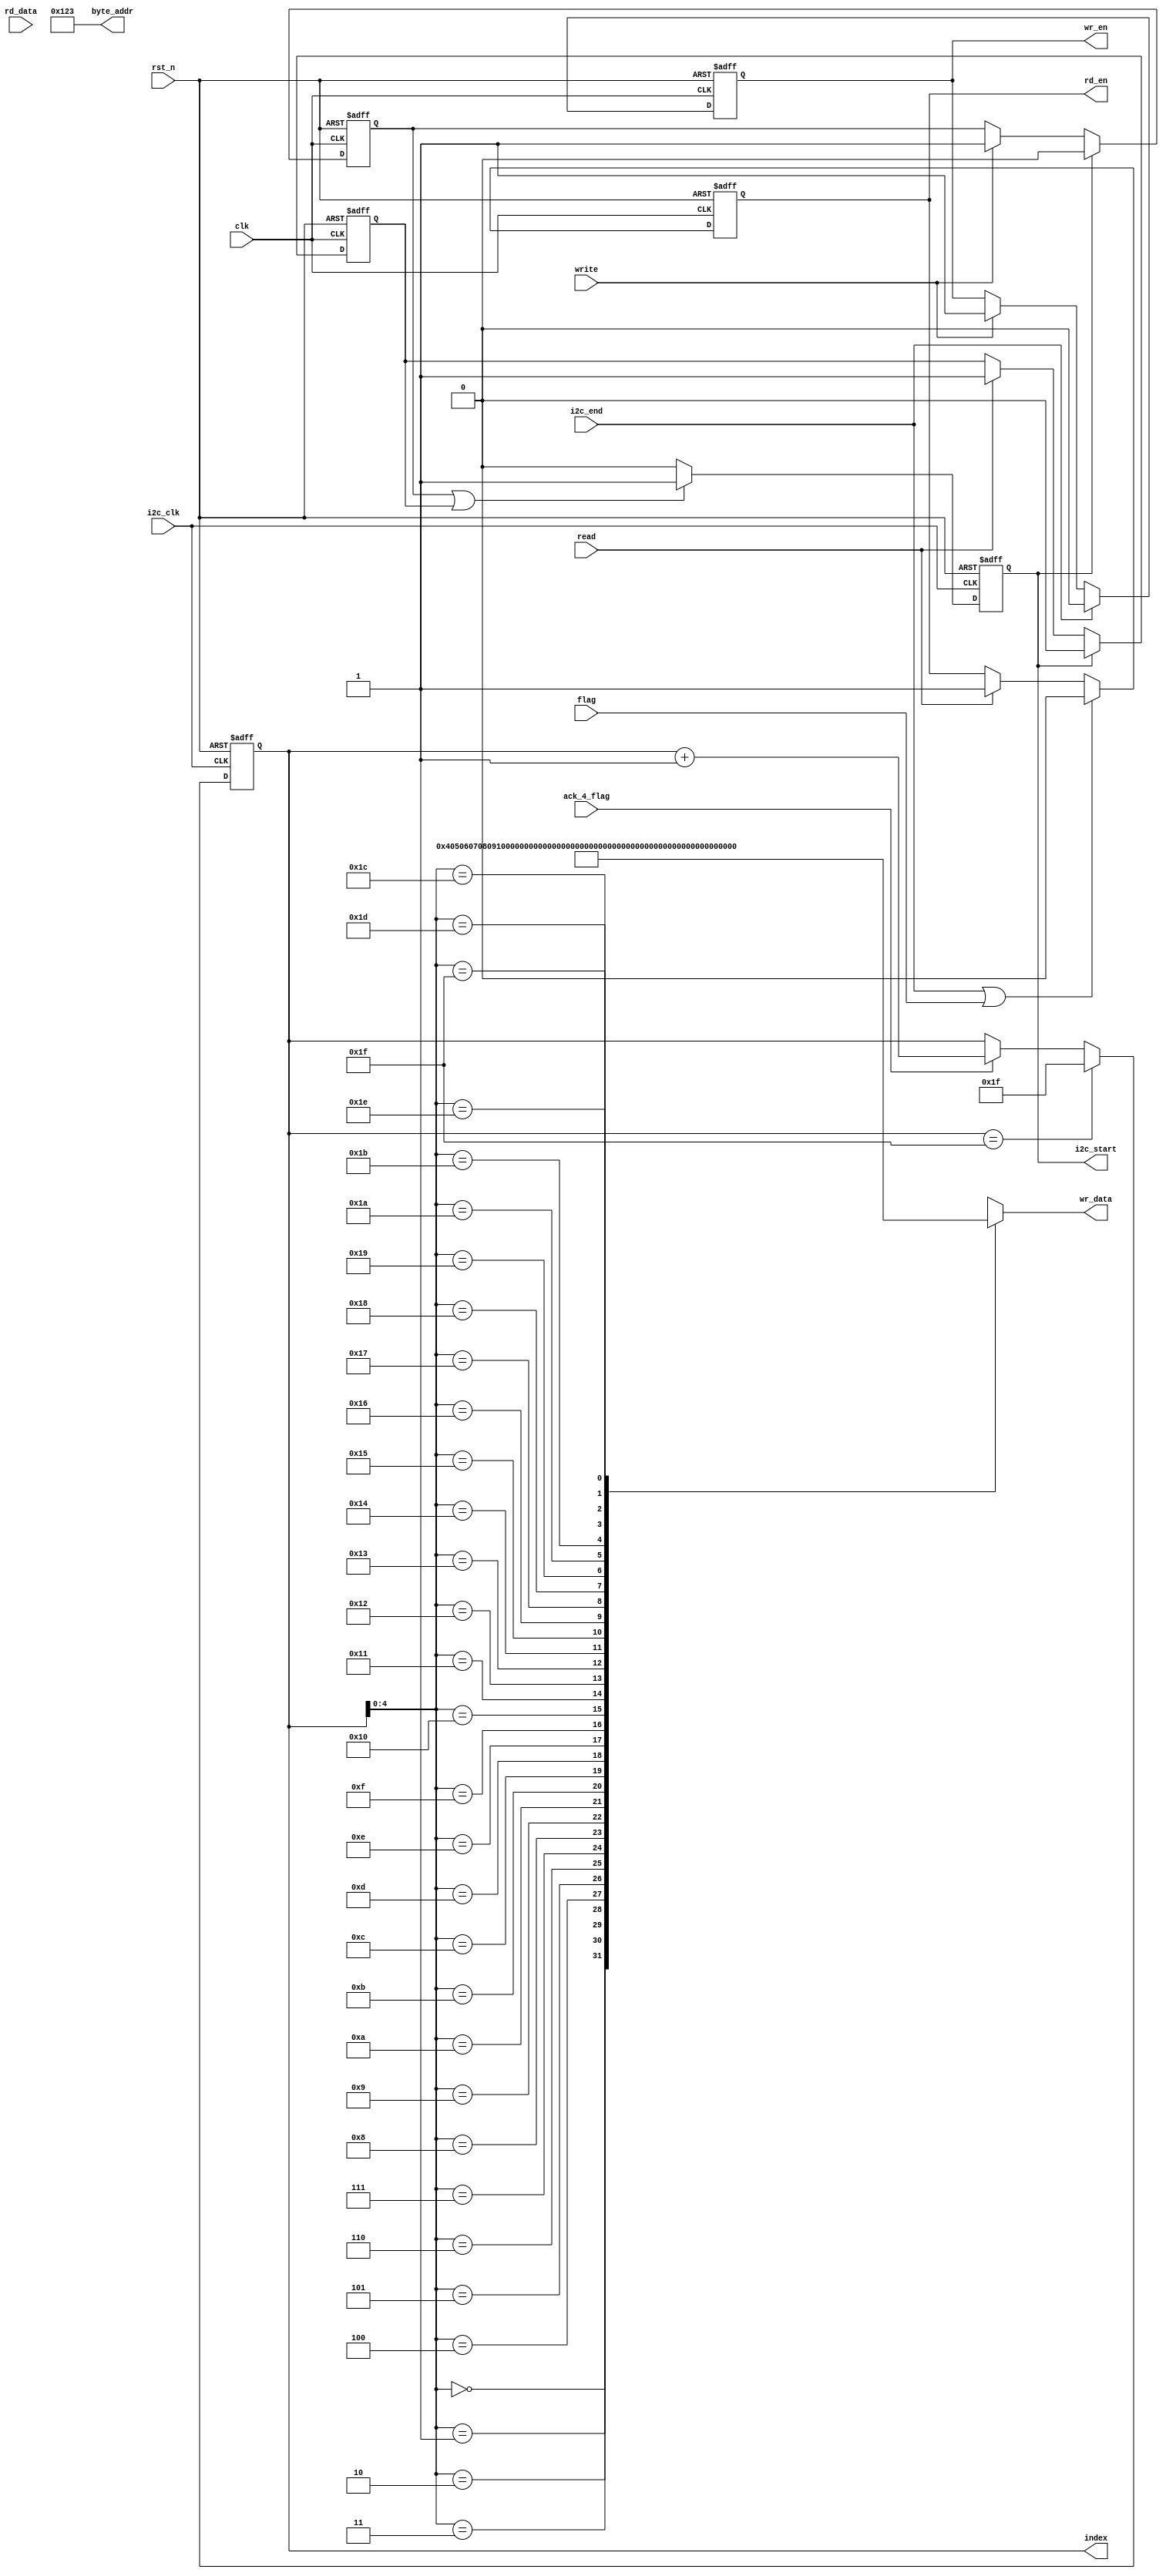
module Iic_RW_Data 
#(
	parameter indx_max = 8'd31
)
(
	input clk,
	input rst_n,
	input write,
	input i2c_clk,
	input i2c_end,
	input rd_data,
	input read,
	input ack_4_flag,
	input flag,
	output reg wr_en,
	output reg rd_en,
	output reg i2c_start,
	output [15:0] byte_addr,
	output [7:0] wr_data,
	output reg [7:0] index
);


	//
	wire [7:0] page_program_datas [31:0];

	assign page_program_datas[0] = {8'h04};
	assign page_program_datas[1] = {8'h05};  
	assign page_program_datas[2] = {8'h06};
	assign page_program_datas[3] = {8'h07};
	assign page_program_datas[4] = {8'h08};
	assign page_program_datas[5] = {8'h09};
	assign page_program_datas[6] = {8'h10};
	assign page_program_datas[7] = {8'h11};
	assign page_program_datas[8] = {8'h12};
	assign page_program_datas[9] = {8'h13}; 
	assign page_program_datas[10] = {8'h14};
	assign page_program_datas[11] = {8'h15};  
	assign page_program_datas[12] = {8'h16};
	assign page_program_datas[13] = {8'h17};
	assign page_program_datas[14] = {8'h18};
	assign page_program_datas[15] = {8'h19};//4f   
	assign page_program_datas[16] = {8'h20};
	assign page_program_datas[17] = {8'h21};
	assign page_program_datas[18] = {8'h22};
	assign page_program_datas[19] = {8'h23};
	assign page_program_datas[20] = {8'h24};
	assign page_program_datas[21] = {8'h25};
	assign page_program_datas[22] = {8'h26};
	assign page_program_datas[23] = {8'h27};
	assign page_program_datas[24] = {8'h28}; 
	assign page_program_datas[25] = {8'h29}; 
	assign page_program_datas[26] = {8'h30};
	assign page_program_datas[27] = {8'h31}; 
	assign page_program_datas[28] = {8'h32}; 
	assign page_program_datas[29] = {8'h33};
	assign page_program_datas[30] = {8'h34};
	assign page_program_datas[31] = {8'h35};

	reg write_latch;
	reg read_latch;

	/*clk*/
	always @(posedge clk or negedge rst_n) begin
		if(~rst_n) begin
			write_latch <= 1'd0;
		end else if(i2c_start) begin
			write_latch <= 1'd0;
		end else if(write) begin
			write_latch <= 1'd1;
		end else begin
			write_latch <= write_latch;
		end
	end

	always @(posedge clk or negedge rst_n) begin
		if(~rst_n) begin
			read_latch <= 1'd0;
		end else if(i2c_start) begin
			read_latch <= 1'd0;
		end else if(read) begin
			read_latch <= 1'd1;
		end else begin
			read_latch <= read_latch;
		end
	end


	/**/
	always @(posedge clk or negedge rst_n) begin
		if(~rst_n) begin
			wr_en <= 1'd0;
		end else if(i2c_end) begin
			wr_en <= 1'd0;
		end else if(write) begin
			wr_en <= 1'd1;
		end else begin
			wr_en <= wr_en;
		end
	end

	/**/
	always @(posedge clk or negedge rst_n) begin
		if(~rst_n) begin
			rd_en <= 1'd0;
		end else if(i2c_end || flag) begin
			rd_en <= 1'd0;
		end else if(read) begin
			rd_en <= 1'd1;
		end else begin
			rd_en <= rd_en;
		end
	end

	/*start*/
	always @(posedge i2c_clk or negedge rst_n) begin
		if(~rst_n) begin
			i2c_start <= 1'd0;
		end else if(write_latch || read_latch) begin
			i2c_start <= 1'd1;
		end else begin
			i2c_start <= 1'd0;
		end
	end

	/**/
	assign byte_addr = 16'h0123;

	/*index*/
	always @(posedge i2c_clk or negedge rst_n) begin
		if(~rst_n) begin
			index <= 8'd0;
		end else if(index == indx_max) begin
			index <= indx_max;
		end else if(ack_4_flag) begin
			index <= index + 8'd1;
		end
	end

	/*page program
	output wr_data*/
	assign wr_data = page_program_datas[index];


endmodule